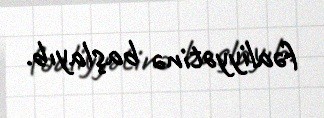
fəaliyyətinə başlayıb.